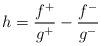
LaTeX: \begin{align*}h=\frac{f ^+}{g^+ } - \frac{f ^-}{g^- }\end{align*}